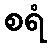
စရံ